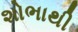
શોભાથી